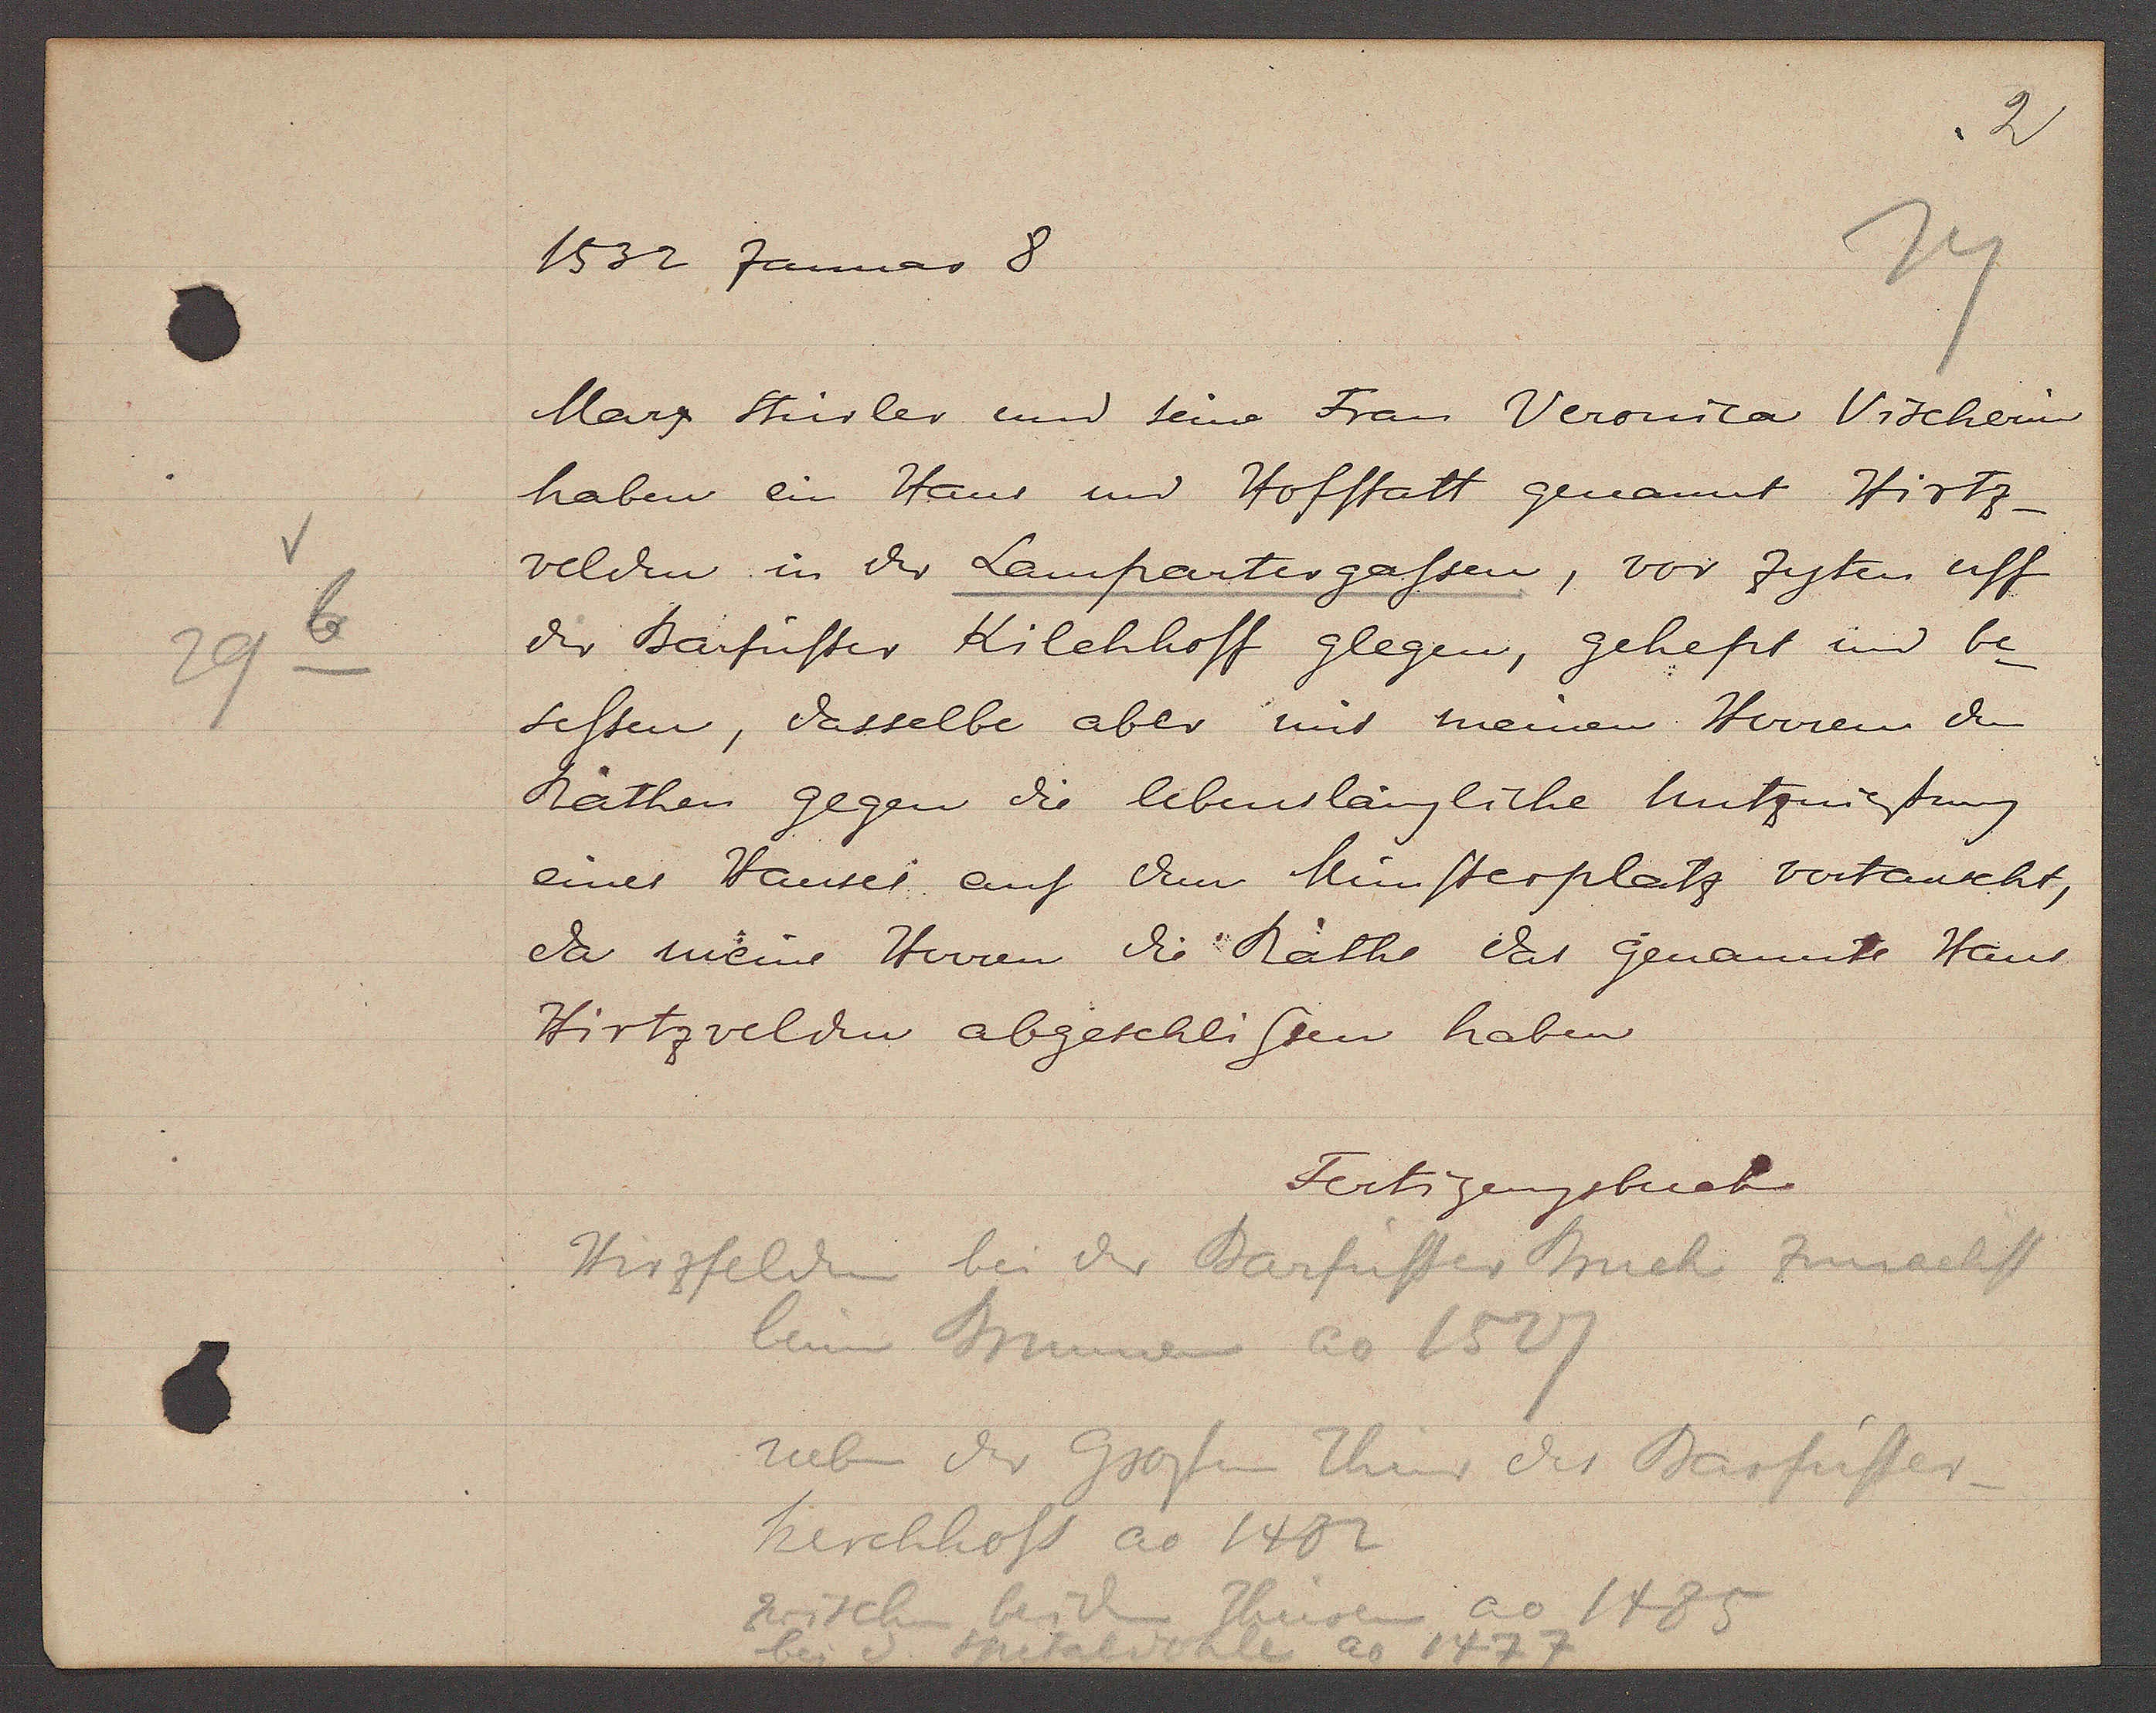
Transcript:
29 6

1532 Januar 8

Marz Stüsler und seine Frau Veronica Vischerin
haben ein Haus und Hofstatt genannt Hirtz¬
velden in der Lampartergassen, vor Zyten uff
der Barfüsser Kilchhoff glegen, gehept und be¬
sessen, dasselbe aber mit meinen Herren den
Rathen gegen die lebenslängliche Nutzniessung
eines Hauses auf dem Münsterplatz vertauscht,
da meine Herren die Räthe das genannte Haus
Hirtzveldin abgeschlissen haben

Hirzfelden bei der Barfüsser Bruck zunechst
beim Brunnen ao 1527
neben der Grossen Thur des Barfüsser
Werchhofs ao 1482
zwischen beiden Thuren
ao 1485
bei d Spitaldohle ao 1477

Fertigungsbuch.